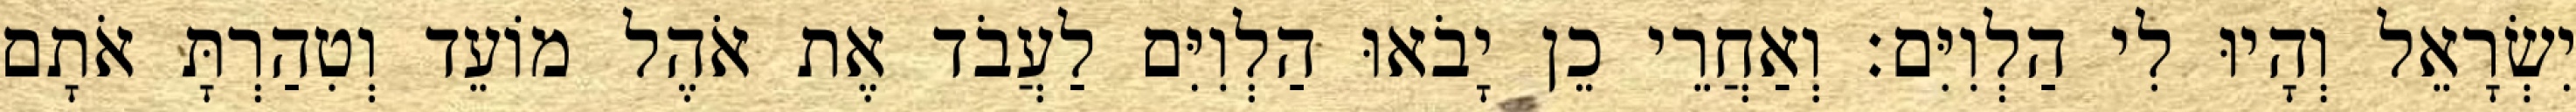
יִשְׂרָאֵל וְהָיוּ לִי הַלְוִיִּם׃ וְאַחֲרֵי כֵן יָבֹאוּ הַלְוִיִּם לַעֲבֹד אֶת אֹהֶל מוֹעֵד וְטִהַרְתָּ אֹתָם